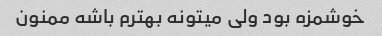
خوشمزه بود ولی میتونه بهترم باشه ممنون